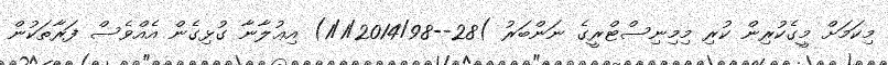
މިކަމަށް މީގެކުރިން ކުރި މިމިނިސްޓްރީގެ ނަންބަރު )28--1/1/2014/98) އިޢުލާނާ ގުޅިގެން އެއްވެސް ފަރާތަކުން